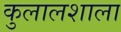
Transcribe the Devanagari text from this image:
कुलालशाला